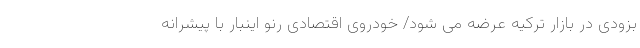
بزودی در بازار ترکیه عرضه می شود/ خودروی اقتصادی رنو اینبار با پیشرانه